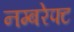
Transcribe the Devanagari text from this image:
नम्बरेफ्ट